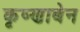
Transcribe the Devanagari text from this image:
कृष्णाबेन